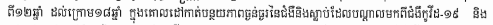
ពី១២ឆ្នាំ ដល់ក្រោម១៨ឆ្នាំ ក្នុងគោលដៅកាត់បន្ថយភាពធ្ងន់ធ្ងរនៃជំងឺនិងស្លាប់ដែលបណ្ដាលមកពីជំងឺកូវីដ-១៩ និង